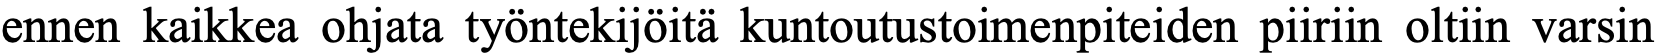
ennen kaikkea ohjata työntekijöitä kuntoutustoimenpiteiden piiriin oltiin varsin